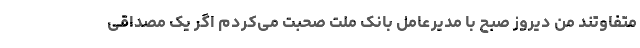
متفاوتند من دیروز صبح با مدیرعامل بانک ملت صحبت می‌کردم اگر یک مصداقی